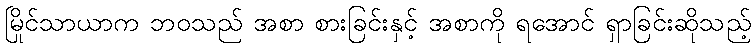
မြိုင်သာယာက ဘဝသည် အစာ စားခြင်းနှင့် အစာကို ရအောင် ရှာခြင်းဆိုသည့်